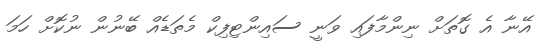
އޭނާ އެ ގޮތަށް ނިންމާފައި ވަނީ ސައިންޓިފިކް މެތަޑެއް ބޭނުން ނުކޮށް ހަމަ